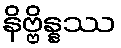
နိဗ္ဗိန္နဿ